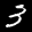
Label: 3